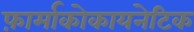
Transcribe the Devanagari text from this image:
फ़ार्माकोकायनेटिक